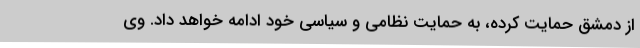
از دمشق حمایت کرده، به حمایت نظامی و سیاسی خود ادامه خواهد داد. وی